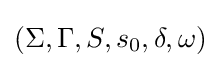
(\Sigma ,\Gamma ,S,s_{0},\delta ,\omega )